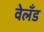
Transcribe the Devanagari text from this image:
वेलँड